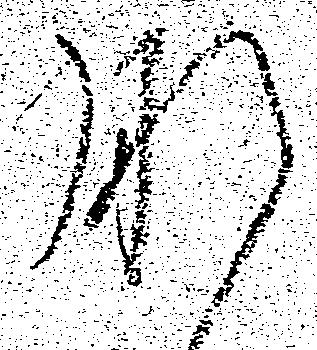
肝